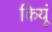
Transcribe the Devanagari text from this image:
कियूं